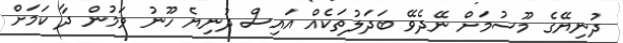
ދުނިޔޭގެ މޫސުމަށް ނޭދެވޭ ބަދަލުތަކެއް އައިސް ދުނިޔެ ހޫނު ވަމުން ދާ ކަމަށް